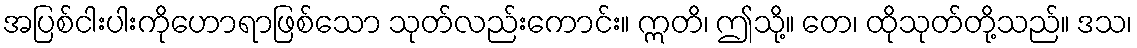
အပြစ်ငါးပါးကိုဟောရာဖြစ်သော သုတ်လည်းကောင်း။ ဣတိ၊ ဤသို့။ တေ၊ ထိုသုတ်တို့သည်။ ဒသ၊